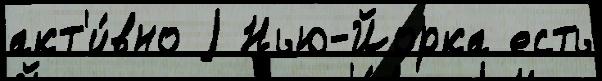
акт'и́вно j Нью-Йорка есть